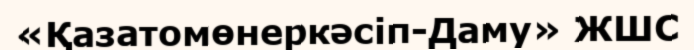
«Қазатомөнеркәсіп-Даму» ЖШС